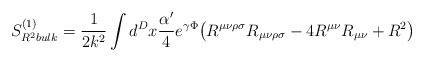
\begin{align*}S^{(1)}_{R^2 bulk}=\frac{1}{2k^2}\int d^Dx\frac{\alpha^\prime}{4}e^{\gamma\Phi}\bigl(R^{\mu\nu\rho\sigma}R_{\mu\nu\rho\sigma}-4R^{\mu\nu}R_{\mu\nu}+R^2\bigr)\end{align*}